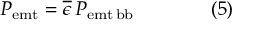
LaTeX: P _ { \mathrm { { e m t } } } = { \overline { { \epsilon } } } \, P _ { \mathrm { { e m t \, b b } } } \qquad \qquad ( 5 )